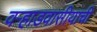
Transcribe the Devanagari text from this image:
वर्‍हाडवासीयांची